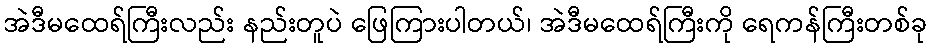
အဲဒီမထေရ်ကြီးလည်း နည်းတူပဲ ဖြေကြားပါတယ်၊ အဲဒီမထေရ်ကြီးကို ရေကန်ကြီးတစ်ခု